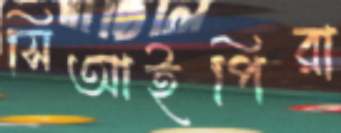
সিআইপিরা